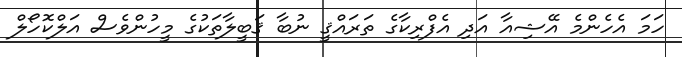
ހަމަ އެހެންމެ އޭޝިއާ އަދި އެފްރިކާގެ ތަރައްޤީ ނުބާ ޤަބީލާތަކުގެ މީހުންވެސް އަލްކޮހޯލް